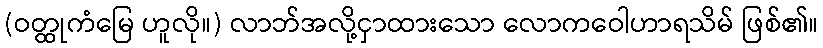
(ဝတ္ထုကံမြေ ဟူလို။) လာဘ်အလို့ငှာထားသော လောကဝေါဟာရသိမ် ဖြစ်၏။